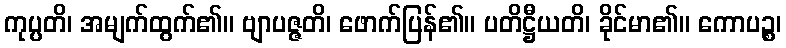
ကုပ္ပတိ၊ အမျက်ထွက်၏။ ဗျာပဇ္ဇတိ၊ ဖောက်ပြန်၏။ ပတိဋ္ဌီယတိ၊ ခိုင်မာ၏။ ကောပဉ္စ၊